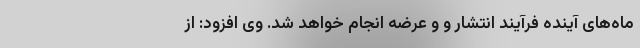
ماه‌های آینده فرآیند انتشار و و عرضه انجام خواهد شد. وی افزود:‌ از